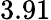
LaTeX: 3.91